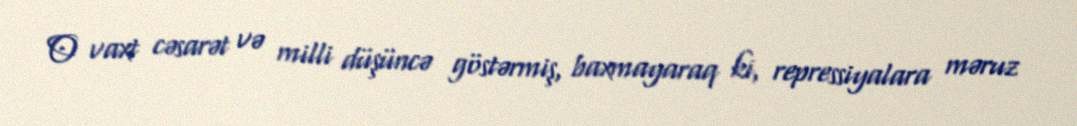
O vaxt cəsarət və milli düşüncə göstərmiş, baxmayaraq ki, repressiyalara məruz